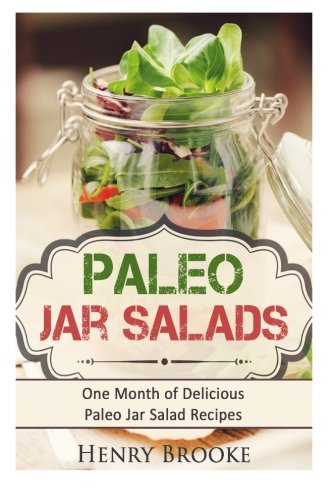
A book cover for Paleo Jar Salads: One Month of Delicious Paleo Jar Salad Recipes; Henry Brooke; Cookbooks, Food & Wine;